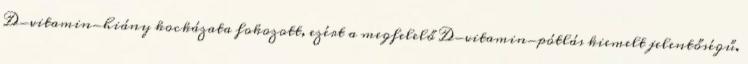
D-vitamin-hiány kockázata fokozott, ezért a megfelelő D-vitamin-pótlás kiemelt jelentőségű.